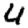
Digit: 4